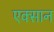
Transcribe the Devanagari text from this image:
एक्सान